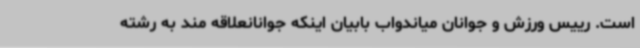
است. رییس ورزش و جوانان میاندواب بابیان اینکه جوانانعلاقه مند به رشته